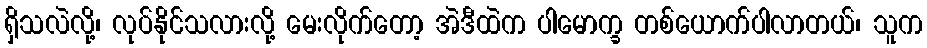
ရှိသလဲလို့၊ လုပ်နိုင်သလားလို့ မေးလိုက်တော့ အဲဒီထဲက ပါမောက္ခ တစ်ယောက်ပါလာတယ်၊ သူက